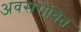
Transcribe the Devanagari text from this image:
अवसरोचित